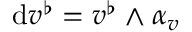
\mathrm { d } v ^ { \flat } = v ^ { \flat } \wedge \alpha _ { v }